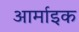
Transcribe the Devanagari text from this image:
आर्माइक